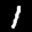
Label: 1